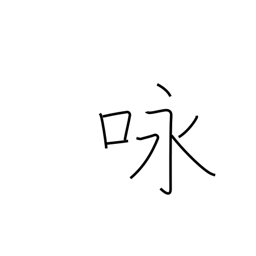
Meaning: recitation